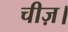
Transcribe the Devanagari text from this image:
चीज़।